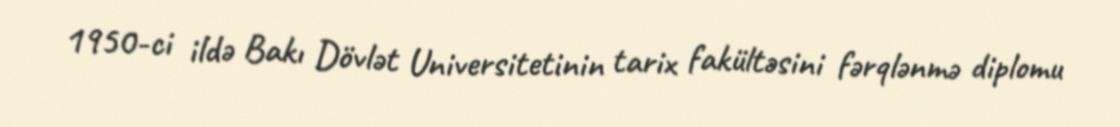
1950-ci ildə Bakı Dövlət Universitetinin tarix fakültəsini fərqlənmə diplomu